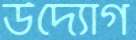
উদ্যোগ